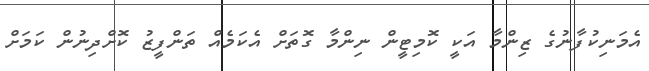
އެމަނިކުފާނުގެ ޒިންމާ އަކީ ކޮމިޓީން ނިންމާ ގޮތަށް އެކަމެއް ތަންފީޒު ކޮށްދިނުން ކަމަށް